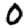
Digit: 0